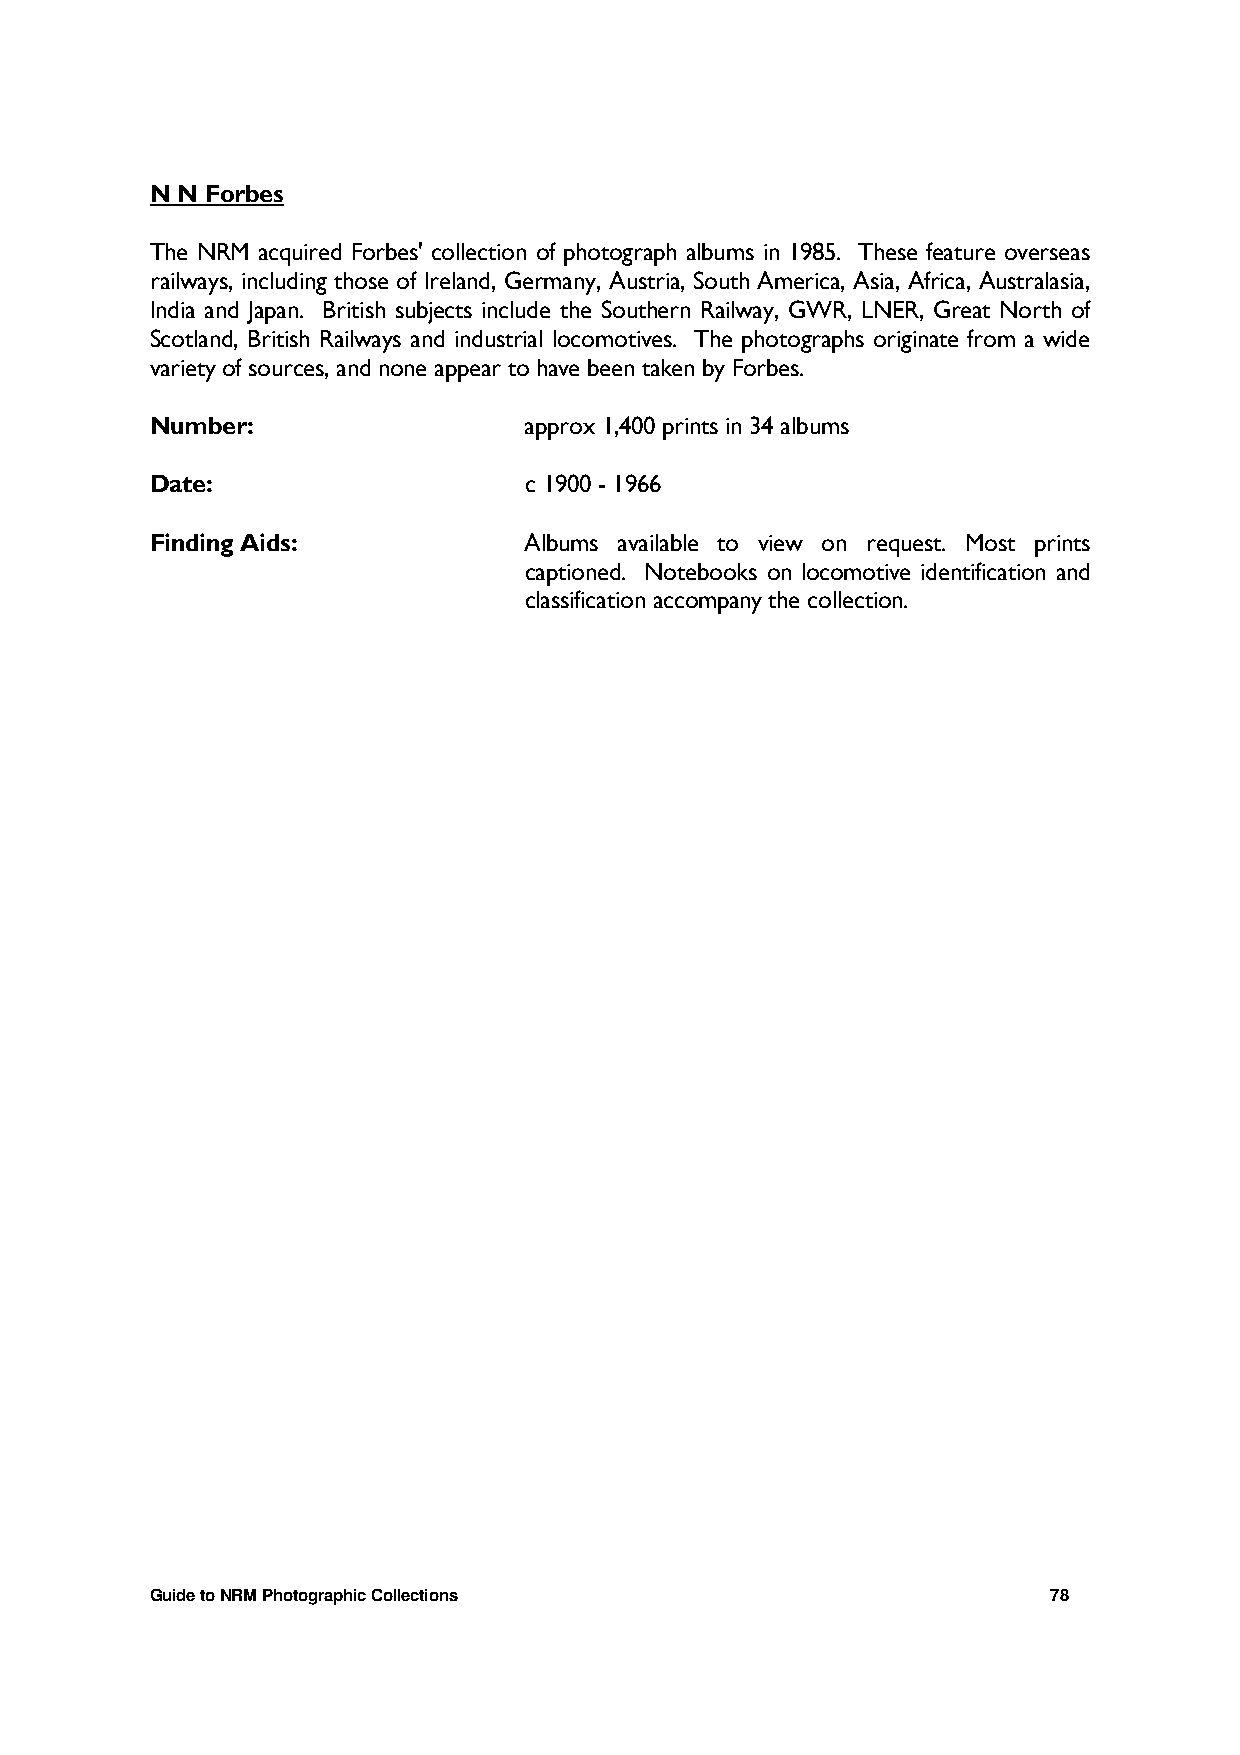
N N Forbes
 The NRM acquired Forbes' collection of photograph albums in 1985. These feature overseas
 railways, including those of Ireland, Germany, Austria, South America, Asia, Africa, Australasia,
 India and Japan. British subjects include the Southern Railway, GWR, LNER, Great North of
 Scotland, British Railways and industrial locomotives. The photographs originate from a wide
 variety of sources, and none appear to have been taken by Forbes.
 Number:                  approx 1,400 prints in 34 albums
 Date:                    c 1900 - 1966
 Finding Aids:            Albums available to view on request. Most prints
 captioned. Notebooks on locomotive identification and
 classification accompany the collection.
 Guide to NRM Photographic Collections                       78